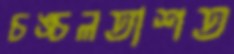
চঙ্চলতাশত